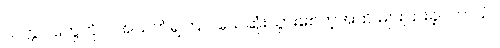
သတ္တဝါတွေကိုပါ အသက်ရှူကြပ် သေဆုံးသွားစေတဲ့အထိ များပြားခဲ့ပါ တယ်။